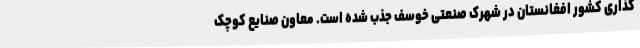
گذاری کشور افغانستان در شهرک صنعتی خوسف جذب شده است. معاون صنایع کوچک